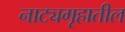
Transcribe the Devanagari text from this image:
नाट्यगृहातील